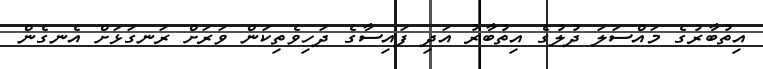
އިތުބާރުގެ މައްސަލަ ދުލުގެ އިތުބާރު އަދި ފައިސާގެ ދަހިވެތިކަން ވަރަށް ރަނގަޅަށް އެނގެން